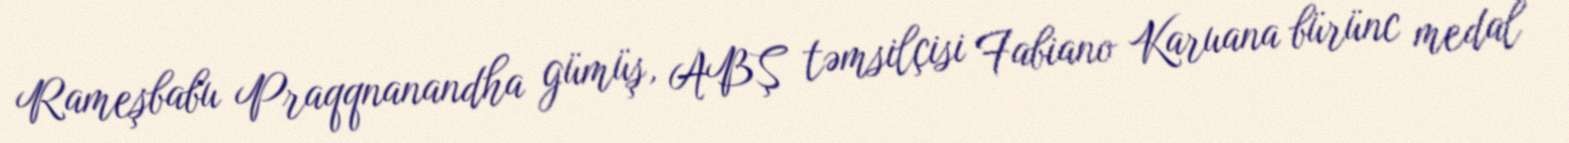
Rameşbabu Praqqnanandha gümüş, ABŞ təmsilçisi Fabiano Karuana bürünc medal